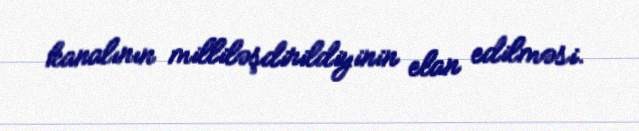
kanalının milliləşdirildiyinin elan edilməsi.